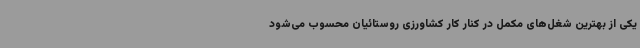
یکی از بهترین شغل‌های مکمل در کنار کار کشاورزی روستائیان محسوب می‌شود